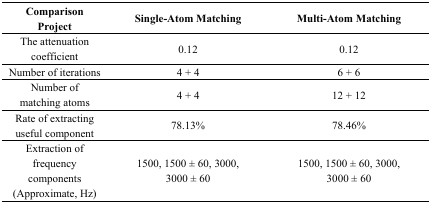
| Comparison Project | Single-Atom Matching | Multi-Atom Matching |
 | --- | --- | --- |
 | The attenuation coefficient | 0.12 | 0.12 |
 | Number of iterations | 4 + 4 | 6 + 6 |
 | Number of matching atoms | 4 + 4 | 12 + 12 |
 | Rate of extracting useful component | 78.13% | 78.46% |
 | Extraction of frequency components (Approximate, Hz) | 1500, 1500 ± 60, 3000, 3000 ± 60 | 1500, 1500 ± 60, 3000, 3000 ± 60 |